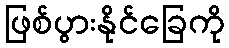
ဖြစ်ပွားနိုင်ခြေကို